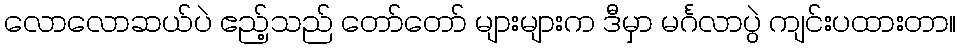
လောလောဆယ်ပဲ ဧည့်သည် တော်တော် များများက ဒီမှာ မင်္ဂလာပွဲ ကျင်းပထားတာ။